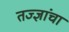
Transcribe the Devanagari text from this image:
तज्‍ज्ञांचा